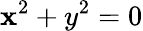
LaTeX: \mathbf{x}^{2}+y^{2}=0